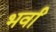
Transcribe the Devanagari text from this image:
भर्वां